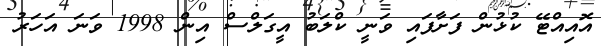
އޮއިއްޓޭ ކުޅުން ފަށާފައި ވަނީ ކްލަބު އީގަލްސް އިން 1998 ވަނަ އަހަރު